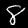
Digit: 8